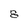
Character: 8